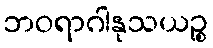
ဘဝရာဂါနုသယဉ္စ